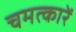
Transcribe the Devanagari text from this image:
चमत्कारें